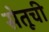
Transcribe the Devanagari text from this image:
सेतूची